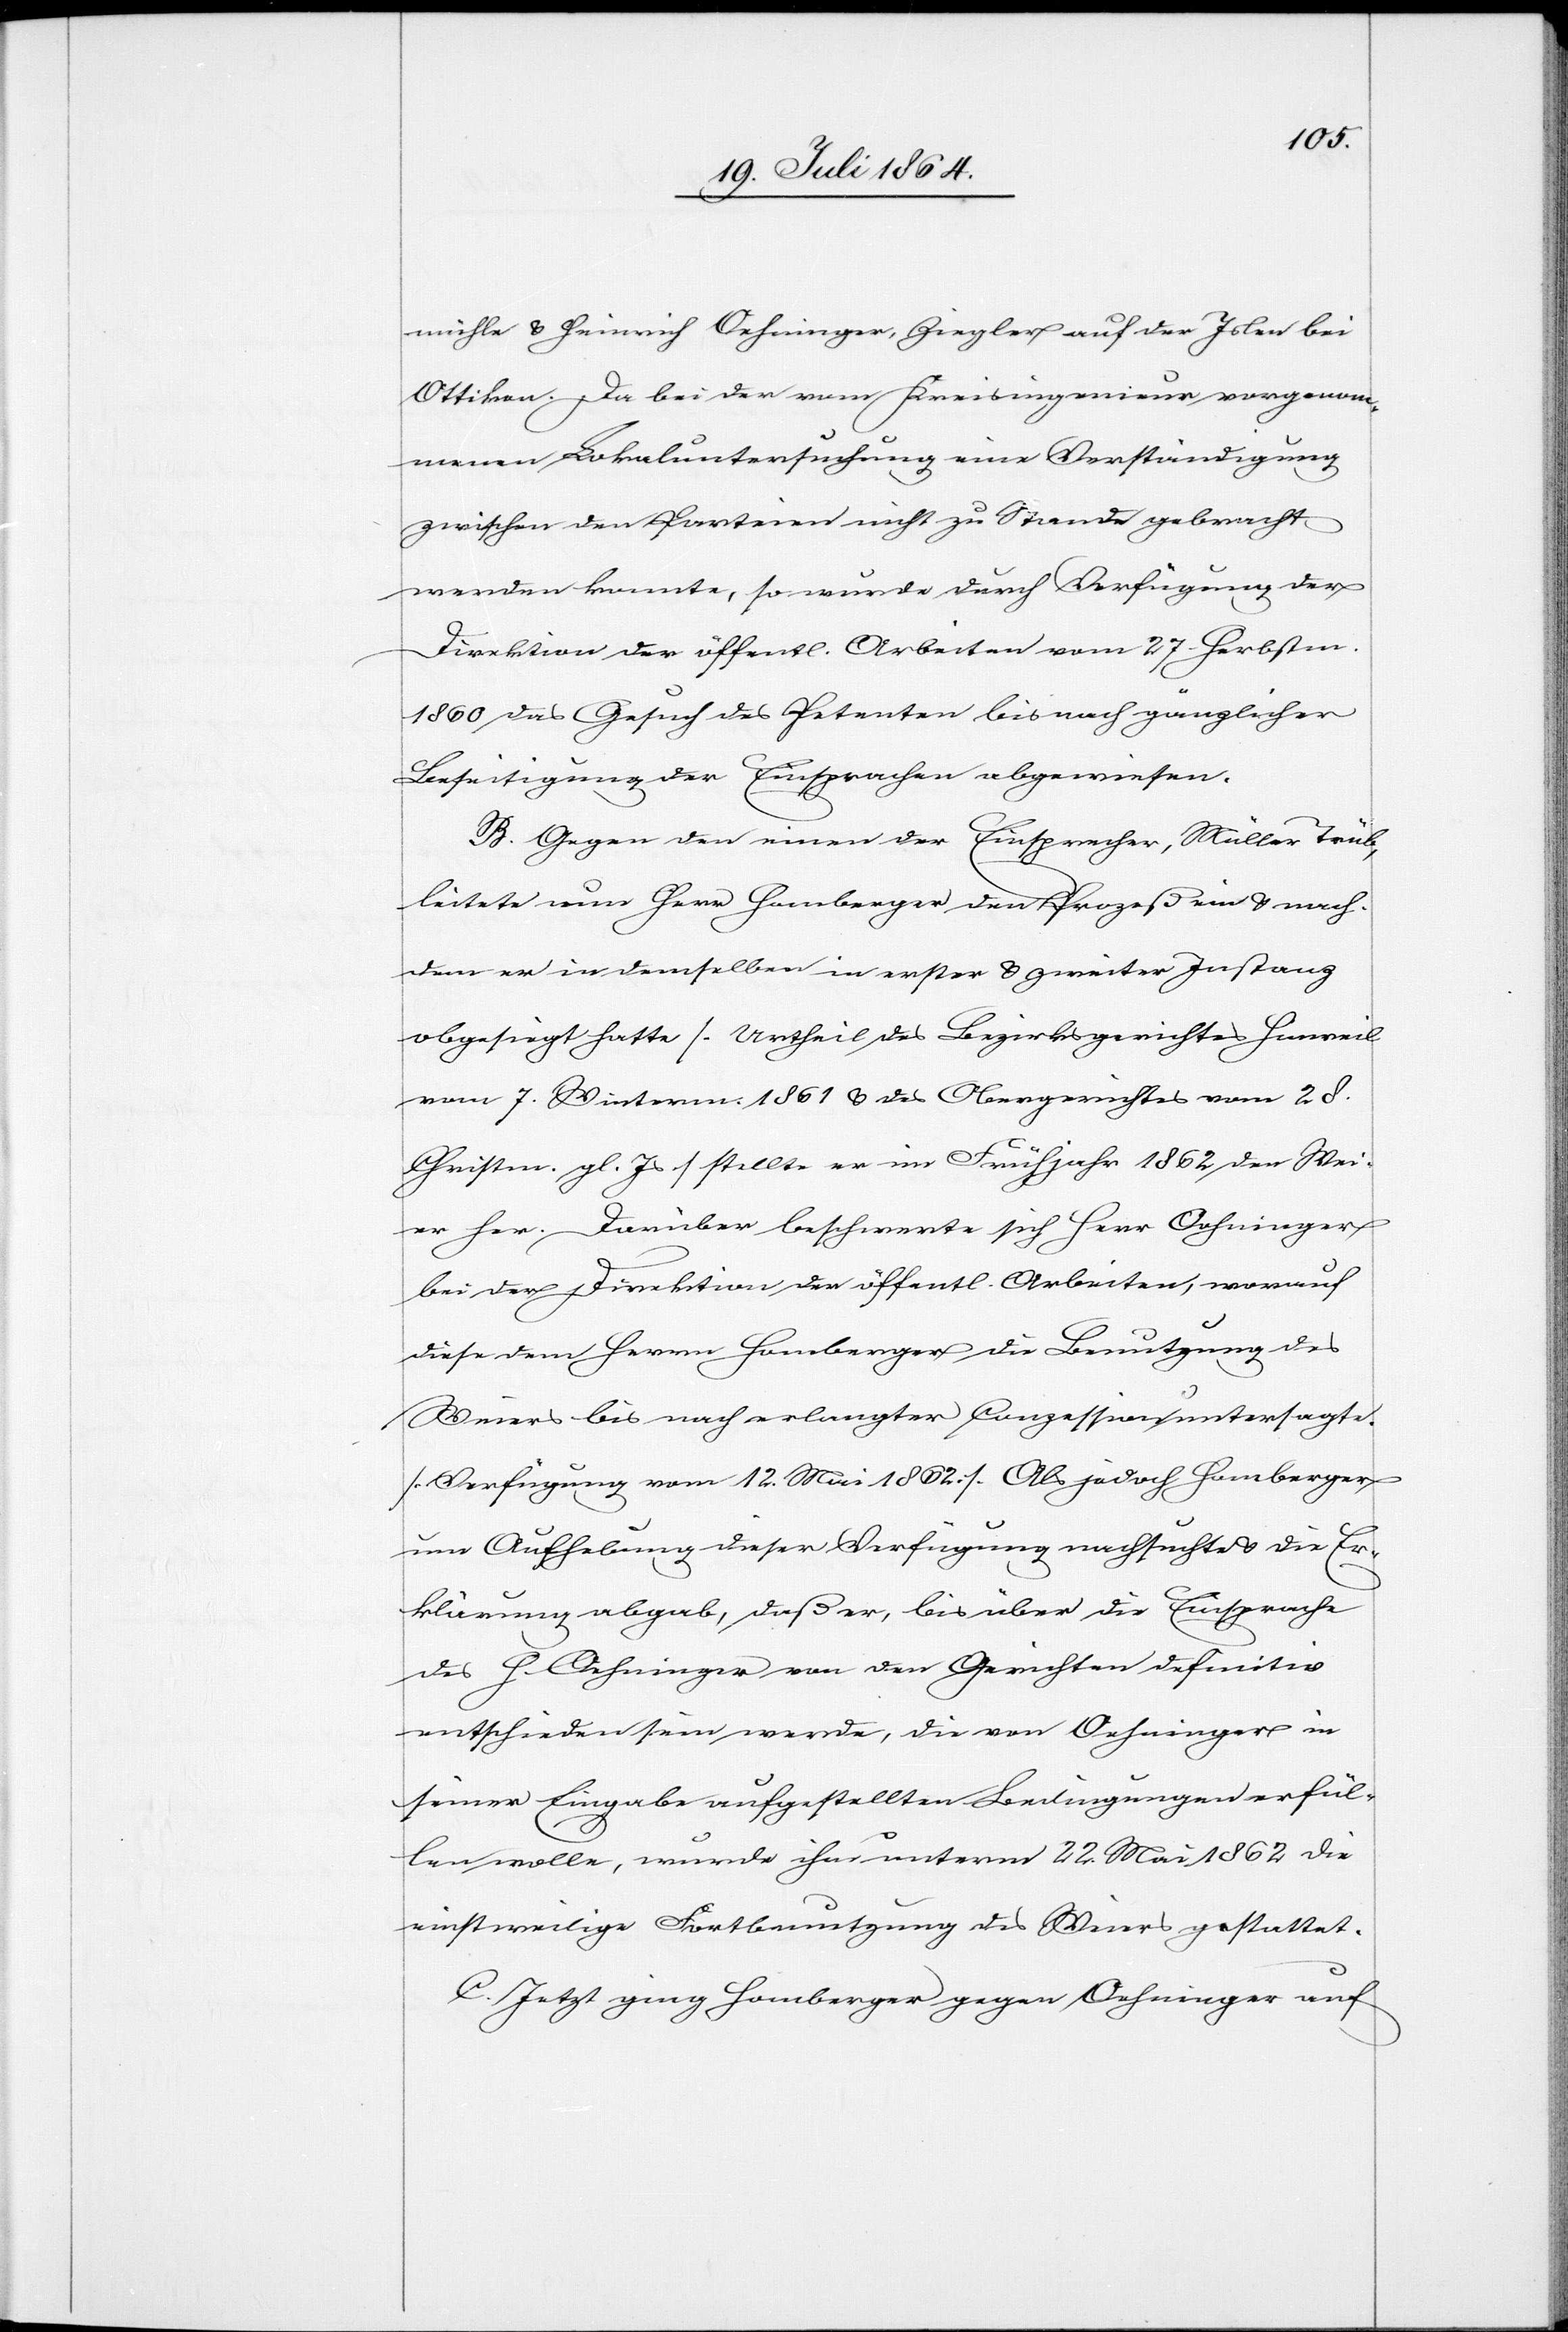
mühle u. Heinrich Oehninger, Ziegler auf der Islen bei
Ottiken. Da bei der vom Kreisingenieur vorgenom¬
menen Lokaluntersuchung eine Verständigung
zwischen den Parteien nicht zu Stande gebracht
werden konnte, so wurde durch Verfügung der
Direktion der öffentl. Arbeiten vom 27. Herbstm.
1806 das Gesuch des Petenten bis nach gänzlicher
Beseitigung der Einsprachen abgewiesen.
B. Gegen den einen der Einsprecher, Müller Trüb,
leitete nun Herr Homberger den Prozeß ein u. nach¬
dem er in demselben in erster u. zweiter Instanz
obgesiegt hatte [Urtheil des Bezirksgerichtes Hinweil
vom 7. Winterm. 1861 u. des Obergerichtes vom 28.
Christm. gl. Js] stellte er im Frühjahr 1862 den Wei¬
er her. Darüber beschwerte sich Herr Oehninger
bei der Direktion der öffentl. Arbeiten, worauf
diese dem Herrn Homberger die Benutzung des
Weiers bis nach erlangter Conzession untersagte.
[Verfügung vom 12. Mai 1862.] Als jedoch Homberger
um Aufhebung dieser Verfügung nachsuchte u. die Er¬
klärung abgab, daß er, bis über die Einsprache
des H. Oehninger von den Gerichten definitiv
entschieden sein werde, die von Oehninger in
seiner Eingabe aufgestellten Bedingungen erfül¬
len wolle, wurde ihm unterm 22. Mai 1862 die
einstweilige Fortbenutzung des Weiers gestattet.
C. Jetzt ging Homberger gegen Oehninger auf